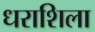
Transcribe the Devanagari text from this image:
धराशिला